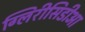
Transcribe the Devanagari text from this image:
ग्लिरीसिडीआ